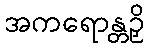
အကရောန္တဉှိ